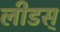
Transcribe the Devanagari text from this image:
लीडस्